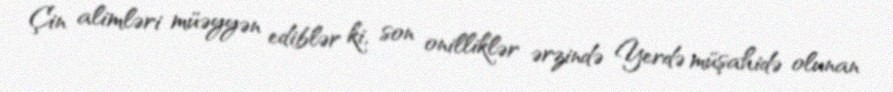
Çin alimləri müəyyən ediblər ki, son onilliklər ərzində Yerdə müşahidə olunan